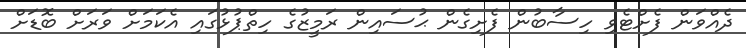
ދެއްވަން ފެށްޓެވި ހިސާބުން ފެށިގެން ޙުސައިން ރަމީޒުގެ ހިތްޕުޅުގައި އެކަމަށް ވަރަށް ބޮޑަށް